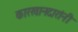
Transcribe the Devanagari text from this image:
कारखानदारांनी